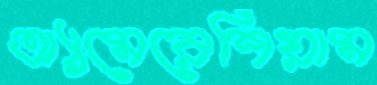
অ্যামেরেশিয়াম